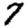
Digit: 7